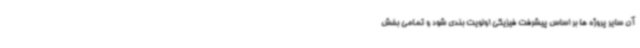
آن سایر پروژه ها بر اساس پیشرفت فیزیکی اولویت بندی شود و تمامی بخش